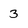
Character: 3